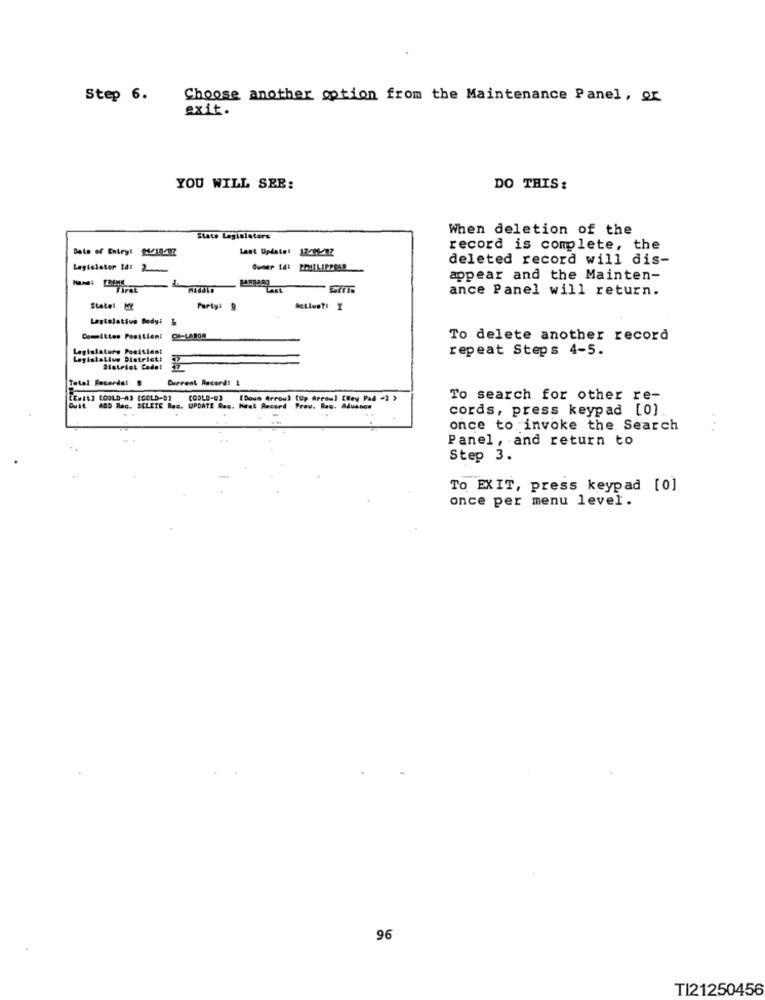
Step 6.
Choose another option from the Maintenance Panel, or
exit.
YOU WILL SEE:
DO THIS:
When deletion of the
State Legislators
Date of Entry! WIBE
Last Update: 12/06/92
record is complete, the
deleted record will dis-
Legislator 101 2
LARRARO
appear and the Mainten-
Last
ance Panel will return.
State: MY
Party: 9
Legislative Body: &
Committee Position: CI-LABOR
To delete another record
Legislature Pocitient
repeat Steps 4-5.
Legislatius District!
Total Recardet
Current Record! !
CEMIL3 COOLD-AS [GOLD-01
COOLD-83
[Doum Arrou) (Up Arrow] [Key Pad -) >
To search for other re-
ADD Rec. DELETE Res. UPDATE Res. Hent Record Prav. Ras. Aduance
cords, press keypad [0]
. .
once to invoke the Search
Panel, and return to
Step 3.
To EXIT, press keypad [0]
once per menu level.
96
TI21250456